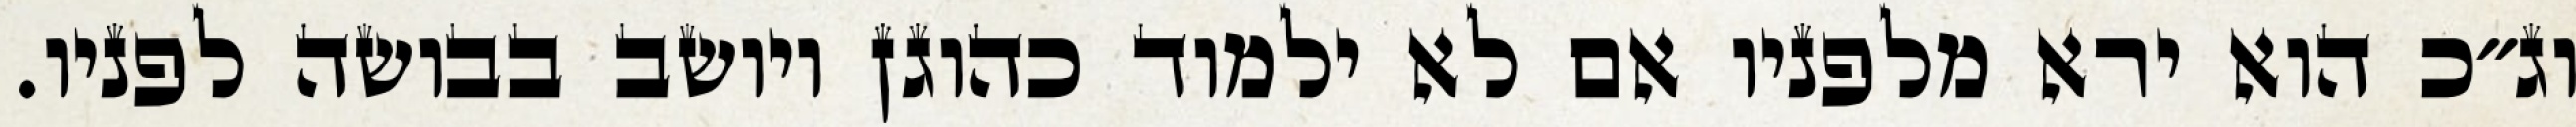
וג״כ הוא ירא מלפניו אם לא ילמוד כהוגן ויושב בבושה לפניו.